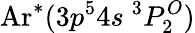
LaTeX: \mathrm{Ar}^{*}(3p^{5}4s\ ^{3}P_{2}^{O})